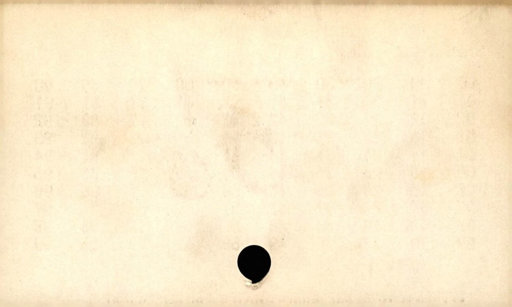
Label: blank